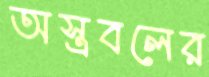
অস্ত্রবলের